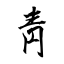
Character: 靑